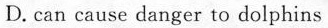
D. can cause danger to dolphins